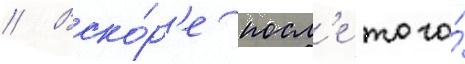
// Вско́р'е посл'е того́